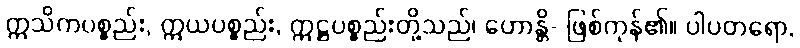
ဣသိကပစ္စည်း, ဣယပစ္စည်း, ဣဋ္ဌပစ္စည်းတို့သည်၊ ဟောန္တိ- ဖြစ်ကုန်၏။ ပါပတရော,